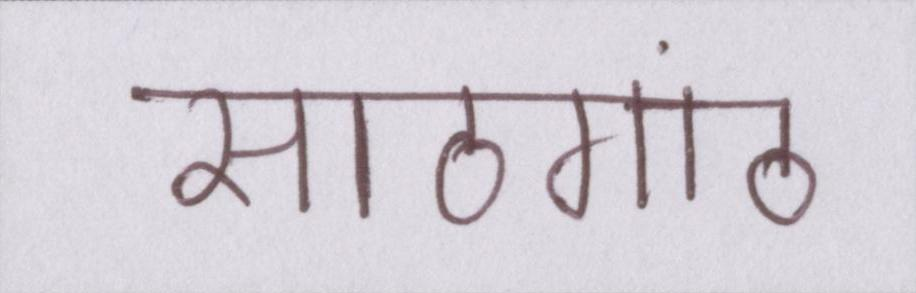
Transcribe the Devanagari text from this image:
साठगांठ